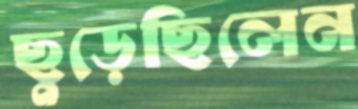
ছুড়েছিলেন